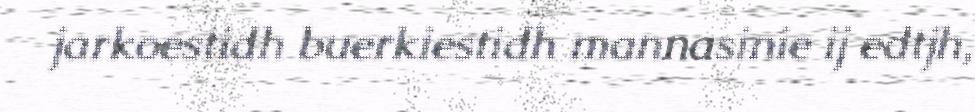
jarkoestidh buerkiestidh mannasinie ij edtjh,